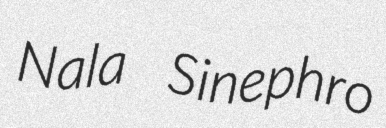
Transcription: Nala Sinephro